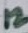
Text: 12